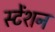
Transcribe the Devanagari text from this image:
स्टेंशन